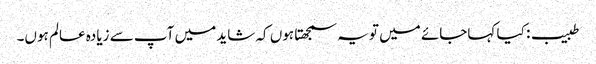
طبیب: کیا کہاجائے میں تو یہ سمجھتا ہوں کہ شاید میں آپ سے زیادہ عالم ہوں۔